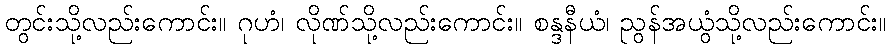
တွင်းသို့လည်းကောင်း။ ဂုဟံ၊ လိုဏ်သို့လည်းကောင်း။ စန္ဒနီယံ၊ ညွန်အယွံသို့လည်းကောင်း။